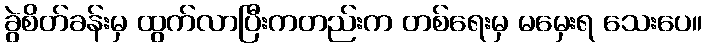
ခွဲစိတ်ခန်းမှ ထွက်လာပြီးကတည်းက တစ်ရေးမှ မမှေးရ သေးပေ။